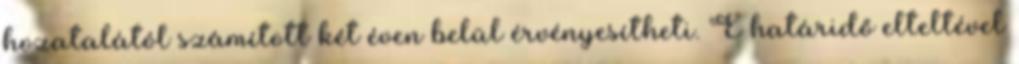
hozatalától számított két éven belül érvényesítheti. E határidő elteltével